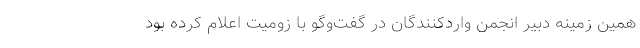
همین زمینه دبیر انجمن واردکنندگان در گفت‌وگو با زومیت اعلام کرده بود